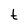
Character: t